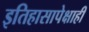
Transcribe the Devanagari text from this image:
इतिहासापेक्षाही